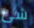
شئ